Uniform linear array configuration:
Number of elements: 4
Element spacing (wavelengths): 1
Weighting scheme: blackman
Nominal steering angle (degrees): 30
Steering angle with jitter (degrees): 30.707
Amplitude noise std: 0.05
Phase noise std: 0.05

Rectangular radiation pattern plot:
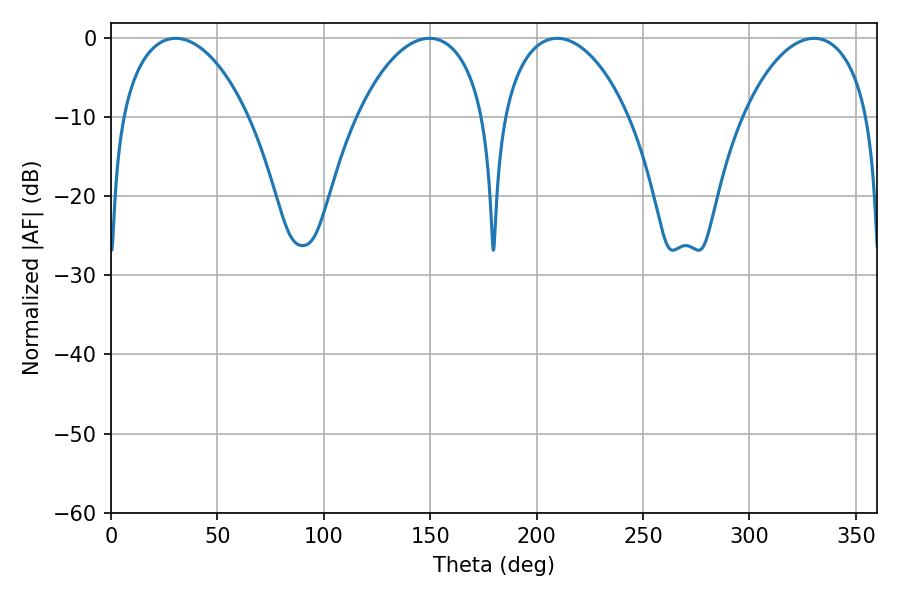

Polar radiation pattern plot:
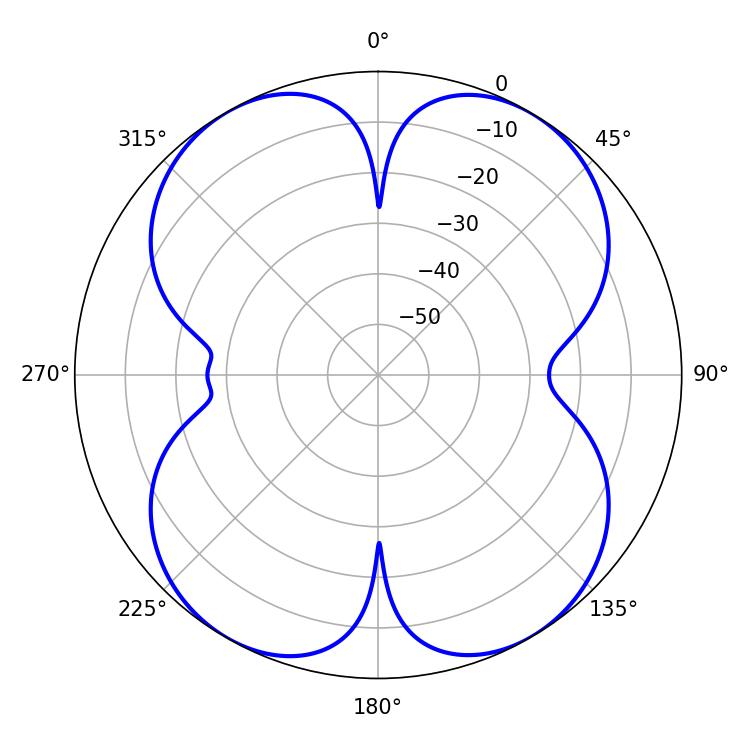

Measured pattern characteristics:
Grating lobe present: TRUE
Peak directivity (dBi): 19.378
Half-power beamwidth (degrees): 34.02
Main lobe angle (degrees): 30.42